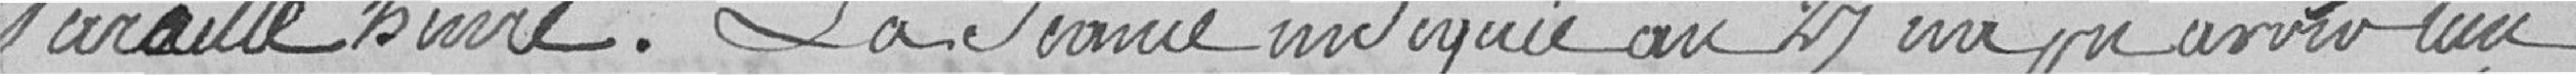
pareille heure. la séance indiquée au 27 n'a pu avoir lieu